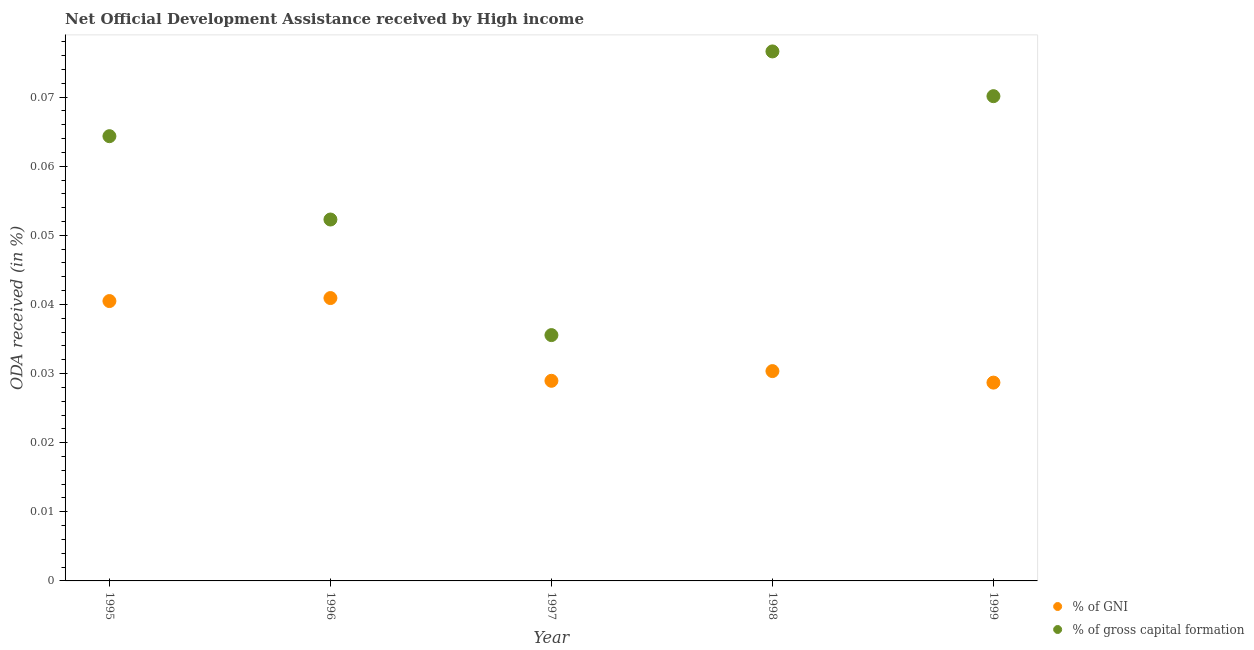
| Year | % of GNI | % of gross capital formation |
 | --- | --- | --- |
 | 1995 | 0.0405 | 0.0643 |
 | 1996 | 0.0409 | 0.0523 |
 | 1997 | 0.029 | 0.0356 |
 | 1998 | 0.0304 | 0.0766 |
 | 1999 | 0.0287 | 0.0701 |